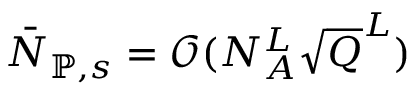
\bar { N } _ { \mathbb { P } , s } = \mathcal { O } ( N _ { A } ^ { L } \sqrt { Q } ^ { L } )